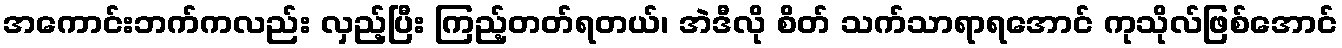
အကောင်းဘက်ကလည်း လှည့်ပြီး ကြည့်တတ်ရတယ်၊ အဲဒီလို စိတ် သက်သာရာရအောင် ကုသိုလ်ဖြစ်အောင်